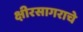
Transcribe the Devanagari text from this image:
क्षीरसागराचे